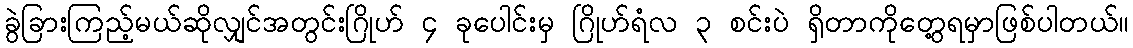
ခွဲခြားကြည့်မယ်ဆိုလျှင်အတွင်းဂြိုဟ် ၄ ခုပေါင်းမှ ဂြိုဟ်ရံလ ၃ စင်းပဲ ရှိတာကိုတွေ့ရမှာဖြစ်ပါတယ်။